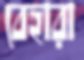
বেহারা